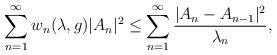
LaTeX: \begin{align*}{}\displaystyle\sum_{n=1}^{\infty}w_{n}(\lambda,g )|A_n|^{2}\leq\displaystyle\sum_{n=1}^{\infty}\frac{|A_{n}-A_{n-1}|^{2}}{\lambda_{n}},\end{align*}